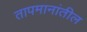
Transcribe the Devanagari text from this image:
तापमानांतील